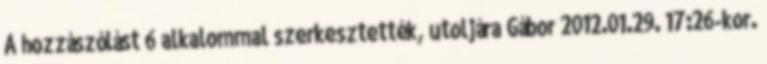
A hozzászólást 6 alkalommal szerkesztették, utoljára Gábor 2012.01.29. 17:26-kor.